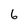
Character: 6